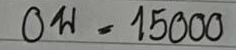
0บ = 15000